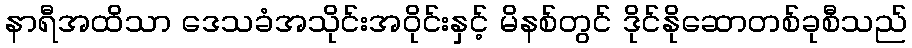
နာရီအထိသာ ဒေသခံအသိုင်းအဝိုင်းနှင့် မိနစ်တွင် ဒိုင်နိုဆောတစ်ခုစီသည်